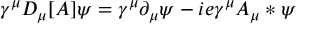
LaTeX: \gamma ^ { \mu } D _ { \mu } [ A ] \psi = \gamma ^ { \mu } \partial _ { \mu } \psi - i e \gamma ^ { \mu } A _ { \mu } * \psi